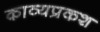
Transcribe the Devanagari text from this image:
काव्यप्रकश